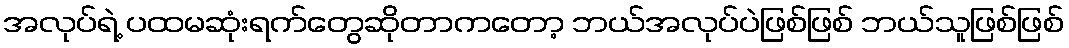
အလုပ်ရဲ့ ပထမဆုံးရက်တွေဆိုတာကတော့ ဘယ်အလုပ်ပဲဖြစ်ဖြစ် ဘယ်သူဖြစ်ဖြစ်